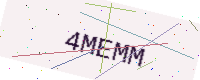
Text: 4MEMM